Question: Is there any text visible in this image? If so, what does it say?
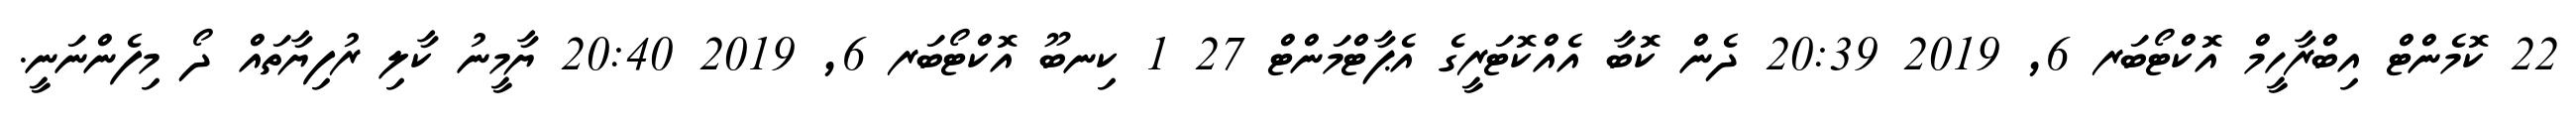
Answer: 22 ކޮމެންޓް އިބްރާހީމް އޮކްޓޯބަރ 6, 2019 20:39 ދެން ކޮބާ އެއްކޮޓަރީގެ އެޕާޓްމަންޓް 27 1 ކިނބޫ އޮކްޓޯބަރ 6, 2019 20:40 ޔާމީނު ކާލި ރުފިޔާތައް ދޯ މިފެންނަނީ.